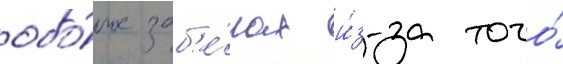
обо́их заб'е́гах и́з-за того́